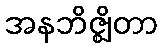
အနဘိဇ္ဈိတာ